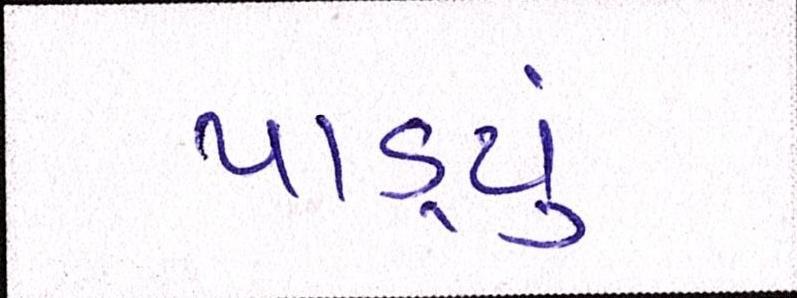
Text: પાડ્યું